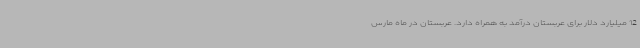
12 میلیارد دلار برای عربستان درآمد به همراه دارد. عربستان در ماه مارس